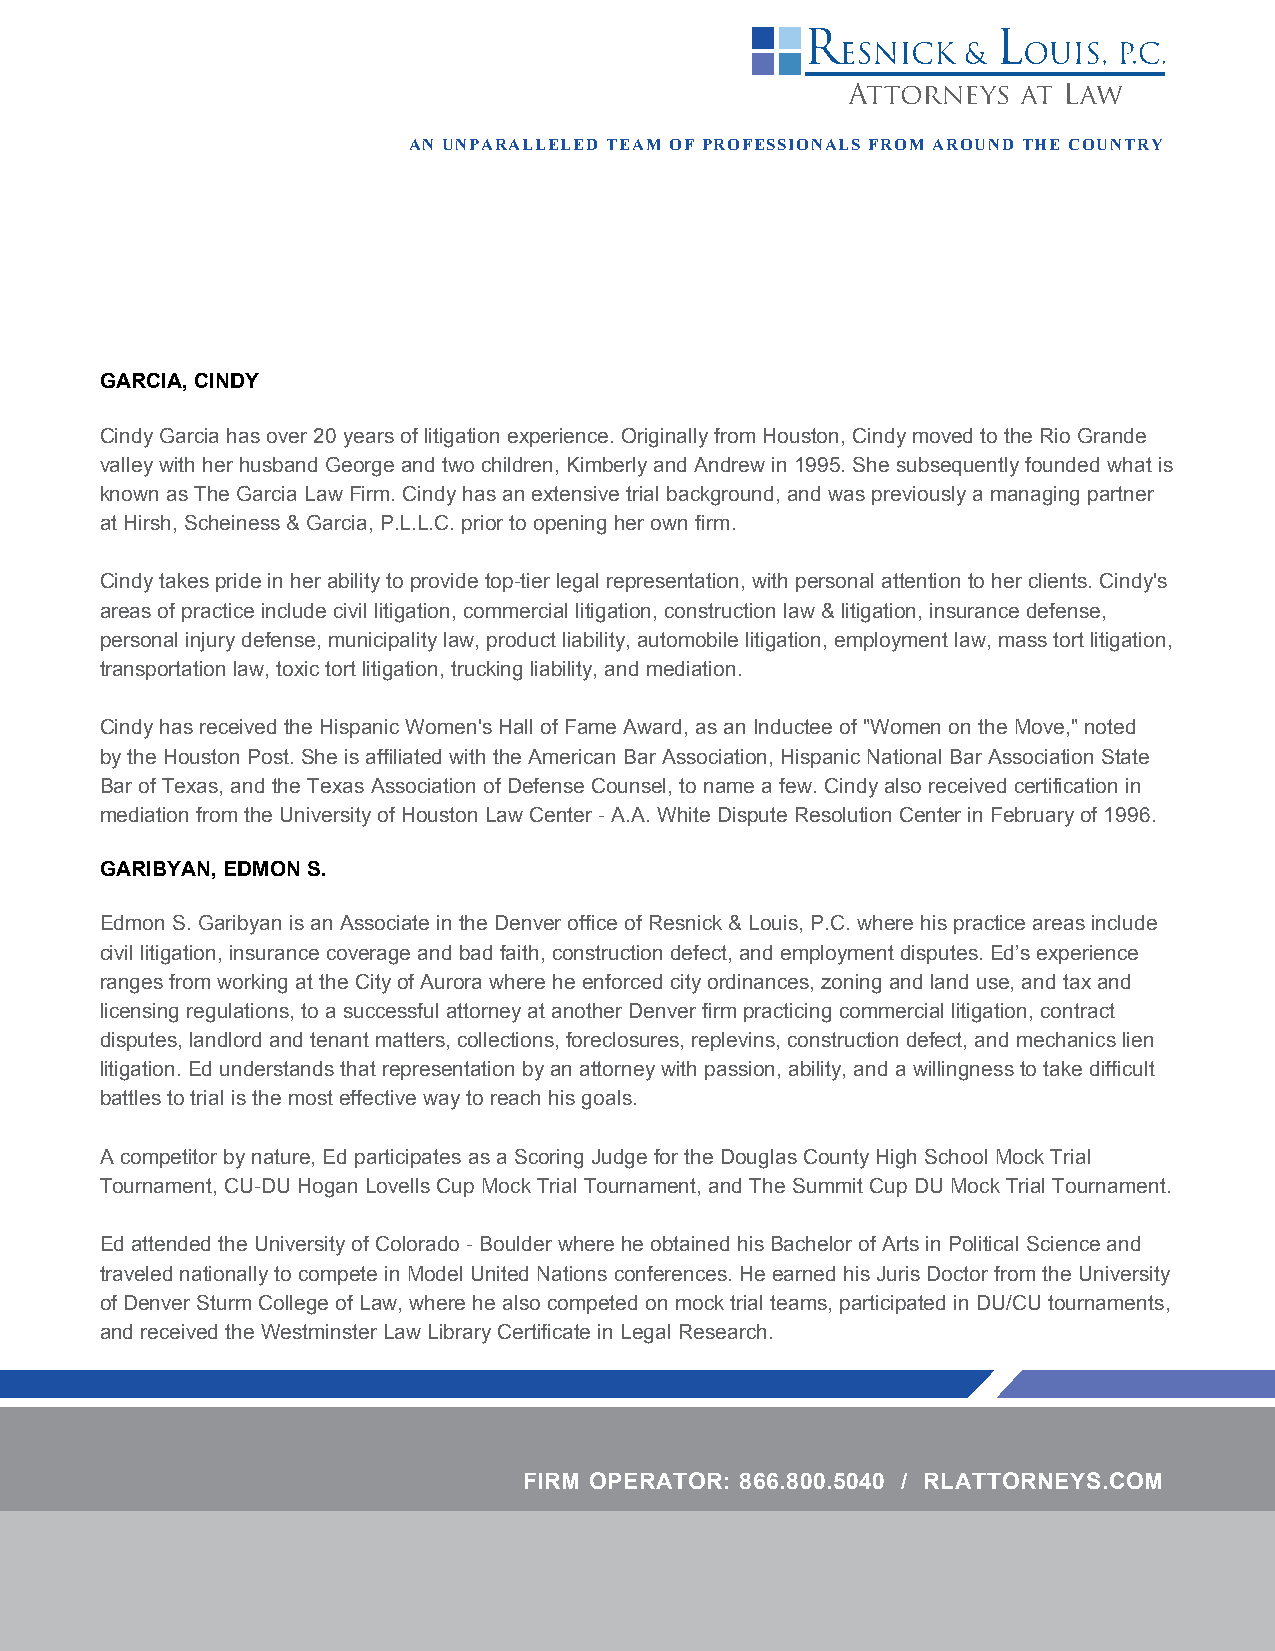
AN UNPARALLELED TEAM OF PROFESSIONALS FROM AROUND THE COUNTRY
 GARCIA, CINDY
 Cindy Garcia has over 20 years of litigation experience. Originally from Houston, Cindy moved to the Rio Grande
 valley with her husband George and two children, Kimberly and Andrew in 1995. She subsequently founded what is
 known as The Garcia Law Firm. Cindy has an extensive trial background, and was previously a managing partner
 at Hirsh, Scheiness & Garcia, P.L.L.C. prior to opening her own firm.
 Cindy takes pride in her ability to provide top-tier legal representation, with personal attention to her clients. Cindy's
 areas of practice include civil litigation, commercial litigation, construction law & litigation, insurance defense,
 personal injury defense, municipality law, product liability, automobile litigation, employment law, mass tort litigation,
 transportation law, toxic tort litigation, trucking liability, and mediation.
 Cindy has received the Hispanic Women's Hall of Fame Award, as an Inductee of "Women on the Move," noted
 by the Houston Post. She is affiliated with the American Bar Association, Hispanic National Bar Association State
 Bar of Texas, and the Texas Association of Defense Counsel, to name a few. Cindy also received certification in
 mediation from the University of Houston Law Center - A.A. White Dispute Resolution Center in February of 1996.
 GARIBYAN, EDMON S.
 Edmon S. Garibyan is an Associate in the Denver office of Resnick & Louis, P.C. where his practice areas include
 civil litigation, insurance coverage and bad faith, construction defect, and employment disputes. Ed’s experience
 ranges from working at the City of Aurora where he enforced city ordinances, zoning and land use, and tax and
 licensing regulations, to a successful attorney at another Denver firm practicing commercial litigation, contract
 disputes, landlord and tenant matters, collections, foreclosures, replevins, construction defect, and mechanics lien
 litigation. Ed understands that representation by an attorney with passion, ability, and a willingness to take difficult
 battles to trial is the most effective way to reach his goals.
 A competitor by nature, Ed participates as a Scoring Judge for the Douglas County High School Mock Trial
 Tournament, CU-DU Hogan Lovells Cup Mock Trial Tournament, and The Summit Cup DU Mock Trial Tournament.
 Ed attended the University of Colorado - Boulder where he obtained his Bachelor of Arts in Political Science and
 traveled nationally to compete in Model United Nations conferences. He earned his Juris Doctor from the University
 of Denver Sturm College of Law, where he also competed on mock trial teams, participated in DU/CU tournaments,
 and received the Westminster Law Library Certificate in Legal Research.
 FIRM OPERATOR: 866.800.5040 / RLATTORNEYS.COM